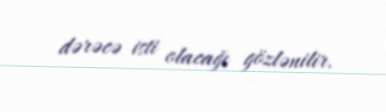
dərəcə isti olacağı gözlənilir.